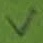
Text: V